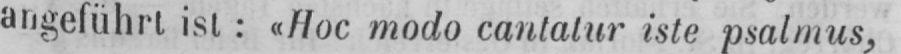
angeführt ist: «Hoc modo cantatur iste psalmus,